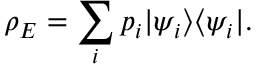
\rho _ { E } = \sum _ { i } p _ { i } | \psi _ { i } \rangle \langle \psi _ { i } | .